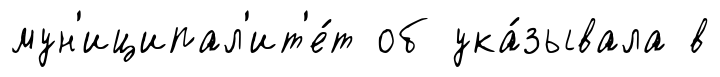
мун'иципал'ит'е́т об ука́зывала в